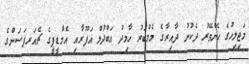
މަޖިލިހުގެ ހެންވޭރު ދެކުނު ދާއިރާގެ މެމްބަރު ހާމިދު އަބްދުލް ޣަފޫރާއި އެމްޑީޕީގެ ޗެއަރޕަސަންގެ